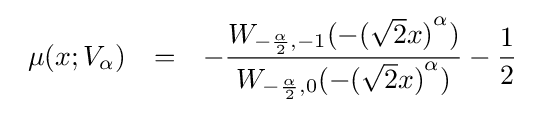
{\begin{array}{lcl}\mu (x;V_{\alpha })&=&\displaystyle -{\frac {W_{-{\frac {\alpha }{2}},-1}(-{({\sqrt {2}}x)}^{\alpha })}{W_{-{\frac {\alpha }{2}},0}(-{({\sqrt {2}}x)}^{\alpha })}}-{\frac {1}{2}}\end{array}}